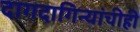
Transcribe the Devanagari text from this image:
दागदागिन्यांचीही